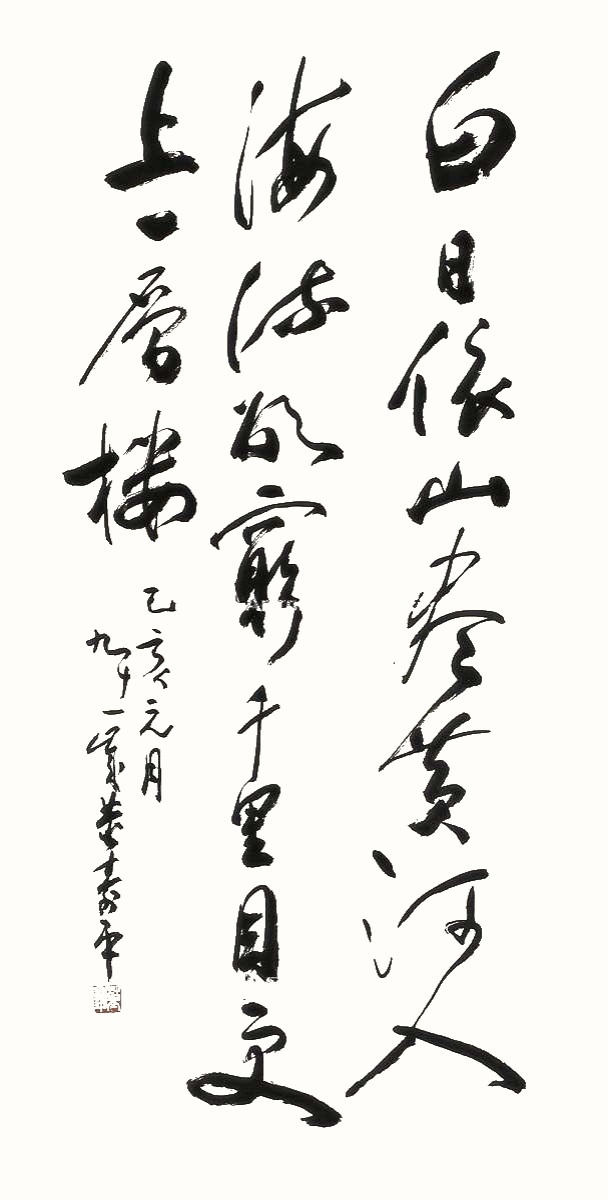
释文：白日依山尽，黄河入海流。欲穷千里目，更上一层楼。乙亥元月，九十一岁，董寿平。